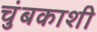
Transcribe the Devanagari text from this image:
चुंबकाशी